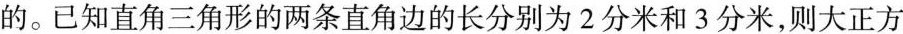
的。已知直角三角形的两条直角边的长分别为2分米和3分米，则大正方